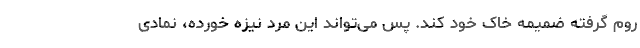
روم گرفته ضمیمه خاک خود کند. پس می‌تواند این مرد نیزه خورده، نمادی